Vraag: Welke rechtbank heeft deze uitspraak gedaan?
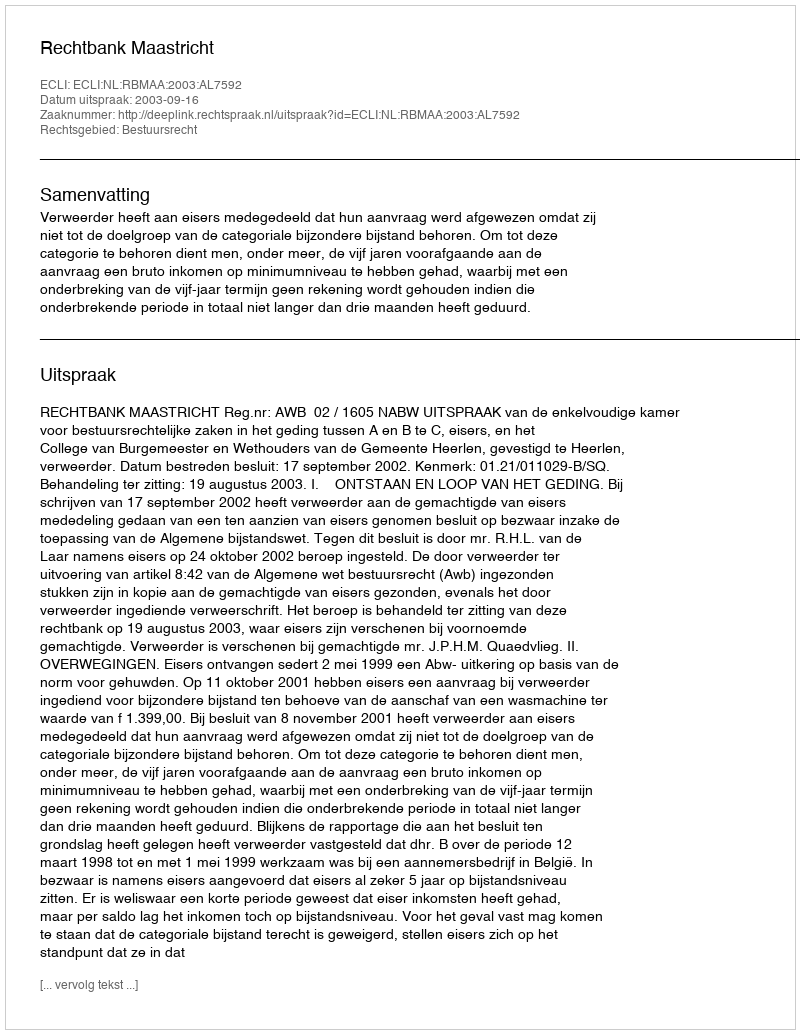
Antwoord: Rechtbank Maastricht